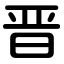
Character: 晋